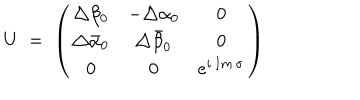
LaTeX: U \; = \; \left( \begin{array} { c c c } { { \triangle \beta _ { 0 } } } & { { - \triangle \alpha _ { 0 } } } & { { 0 } } \\ { { \triangle \bar { \alpha } _ { 0 } } } & { { \triangle \bar { \beta } _ { 0 } } } & { { 0 } } \\ { { 0 } } & { { 0 } } & { { e ^ { i \, I m \, \sigma } } } \\ \end{array} \right)